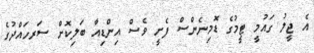
އެ ޖީލު ގައުމީ ޓީމުގެ ޑޮމިނެންސް ފެށީ ވެސް އިންޑިއާ ބަލިކޮށް ސަރހައްދުގެ